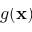
g ( \mathbf x )